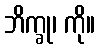
ဘိက္ခု၊ ကို။